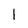
Character: l